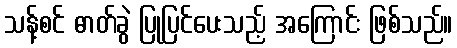
သန့်စင် ဓာတ်ခွဲ ပြုပြင်ပေးသည့် အကြောင်း ဖြစ်သည်။